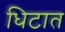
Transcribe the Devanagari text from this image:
धिटात